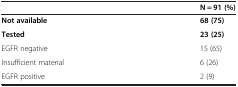
<table><thead><tr><td><b> </b></td><td><b>N = 91 (%)</b></td></tr></thead><tbody><tr><td><b>Not available</b></td><td><b>68 (75)</b></td></tr><tr><td><b>Tested</b></td><td><b>23 (25)</b></td></tr><tr><td>EGFR negative</td><td>15 (65)</td></tr><tr><td>Insufficient material</td><td>6 (26)</td></tr><tr><td>EGFR positive</td><td>2 (9)</td></tr></tbody></table>